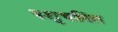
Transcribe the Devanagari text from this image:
पशुचलित